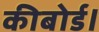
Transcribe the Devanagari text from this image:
कीबोर्ड।